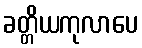
ခတ္တိယကုလာပေ